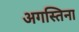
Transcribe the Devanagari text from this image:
अगस्तिना